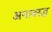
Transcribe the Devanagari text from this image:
अनावरुद्ध